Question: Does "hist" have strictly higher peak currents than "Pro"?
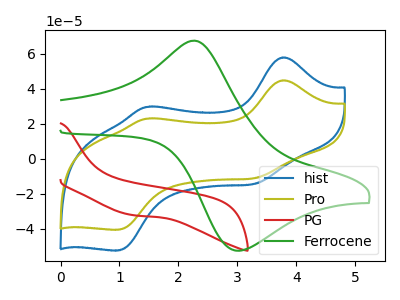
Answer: <think>The blue curve "hist" has anodic peaks at (3.75V, 57.95uA) (1.50V, 29.75uA) and cathodic peaks at (3.30V, -14.35uA) (0.95V, -52.35uA). The olive curve "Pro" has anodic peaks at (3.75V, 44.85uA) (1.50V, 23.00uA) and cathodic peaks at (3.30V, -11.10uA) (0.95V, -40.50uA). The red curve "PG" has no peaks. The green curve "Ferrocene" has an anodic peak at (2.25V, 67.50uA) and a cathodic peak at (3.05V, -52.55uA).</think>
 <answer>Every peak in "hist" is higher than every peak in "Pro".</answer>
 <eval>higher</eval>